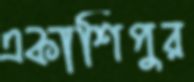
একাশিপুর